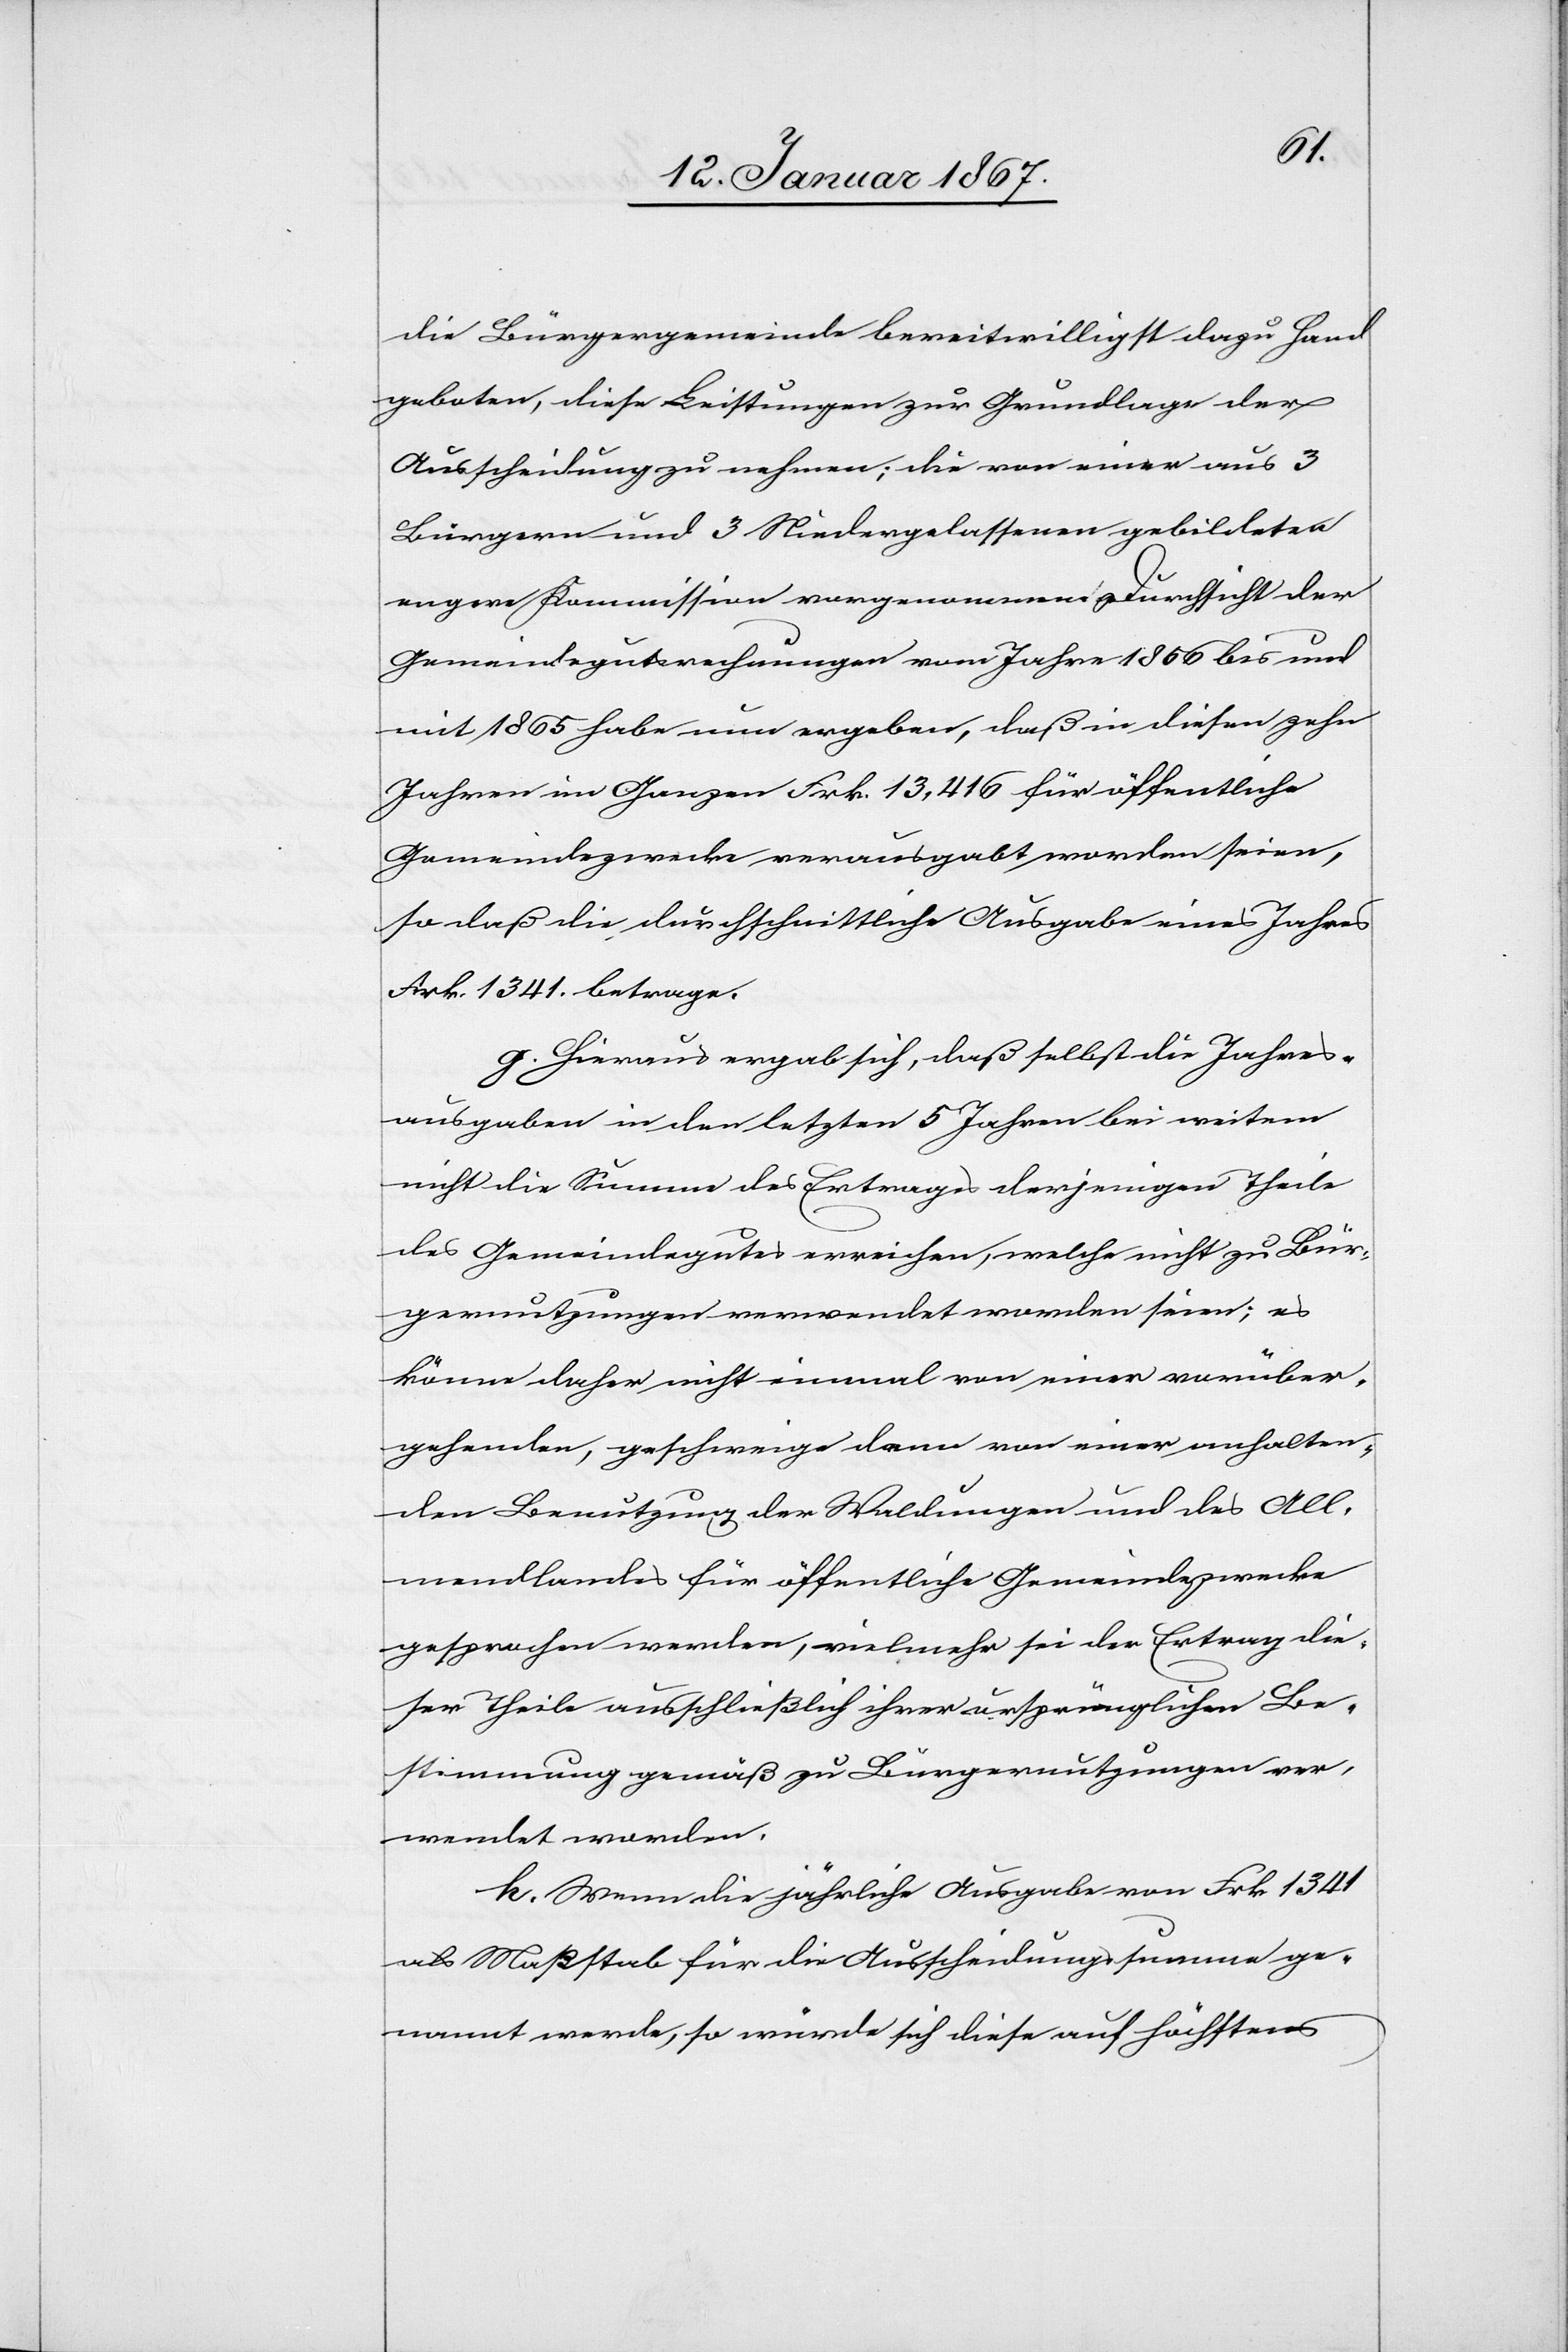
die Bürgergemeinde bereitwilligst dazu Hand
geboten, diese Leistungen zur Grundlage der
Ausscheidung zu nehmen; die von einer aus 3
Bürgern und 3 Niedergelassenen gebildeten
engere Kommission vorgenommene Durchsicht der
Gemeindegutsrechnungen vom Jahre 1856 bis und
mit 1865 habe nun ergeben, daß in diesen zehn
Jahren im Ganzen Frk. 13,416 für öffentliche
Gemeindezwecke verausgabt worden seien,
so daß die durchschnittlicher Ausgabe eines Jahres
Frk. 1341. betrage.
g. Hieraus ergab sich, daß selbst die Jahres¬
ausgaben in den letzten 5 Jahren bei weitem
nicht die Summe des Ertrages derjenigen Theile
des Gemeindegutes erreichen, welche nicht zu Bür¬
gernutzungen verwendet worden seien; es
könne daher nicht einmal von einer vorüber¬
gehenden, geschweige denn von einer anhalten¬
den Benutzung der Waldungen und des All¬
mendlandes für öffentliche Gemeindezwecke
gesprochen werden, vielmehr sei der Ertrag die¬
ser Theile ausschließlich ihrer ursprünglichen Be¬
stimmung gemäß zu Bürgernutzungen ver¬
wendet worden.
k. Wenn die jährliche Ausgabe von Frk 1341
als Maßstab für die Ausscheidungssumme ge¬
nannt werde, so würde sich diese auf höchstens